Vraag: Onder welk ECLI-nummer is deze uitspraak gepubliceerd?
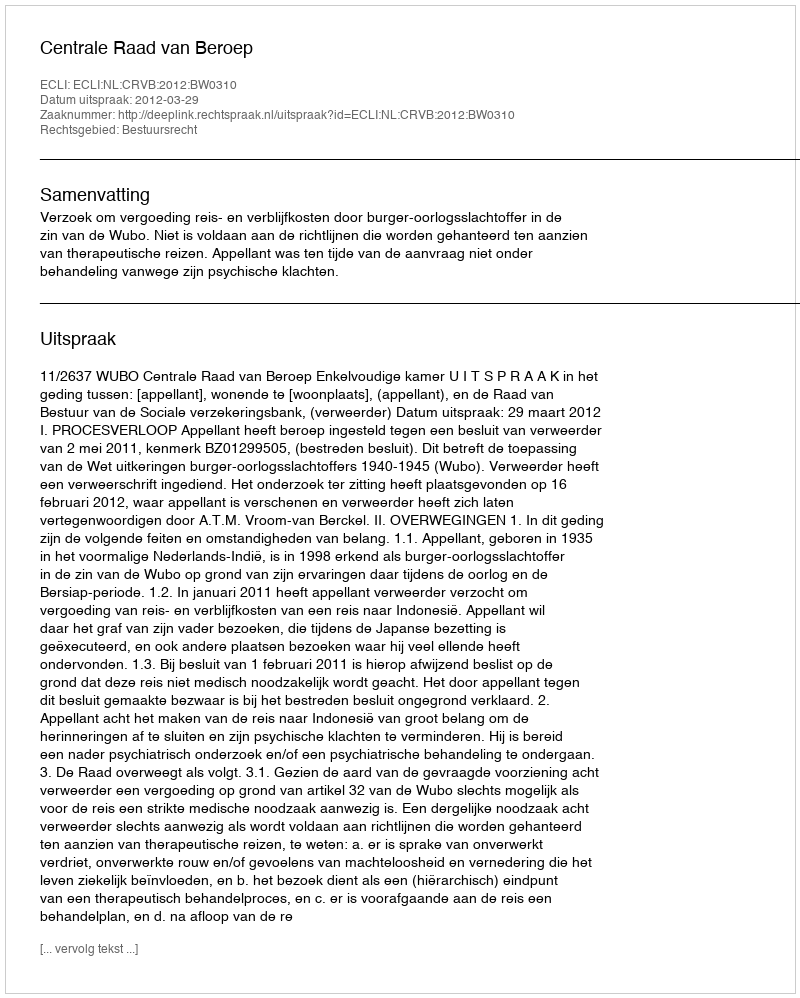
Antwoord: ECLI:NL:CRVB:2012:BW0310